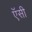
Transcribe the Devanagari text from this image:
ऍसी